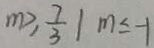
m \geq \frac { 7 } { 3 } \vert m \leq - 1